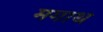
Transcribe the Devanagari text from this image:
मगाथ